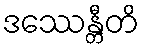
ဒဿေန္တီတိ